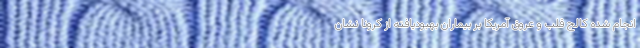
انجام شده کالج قلب و عروق آمریکا بر بیماران بهبودیافته از کرونا نشان